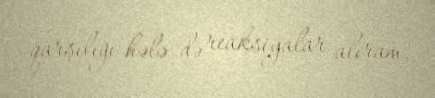
qarşılığı hələ də reaksiyalar alıram.